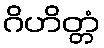
ဂိဟိတ္တံ